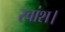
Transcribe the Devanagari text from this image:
स्वांश।